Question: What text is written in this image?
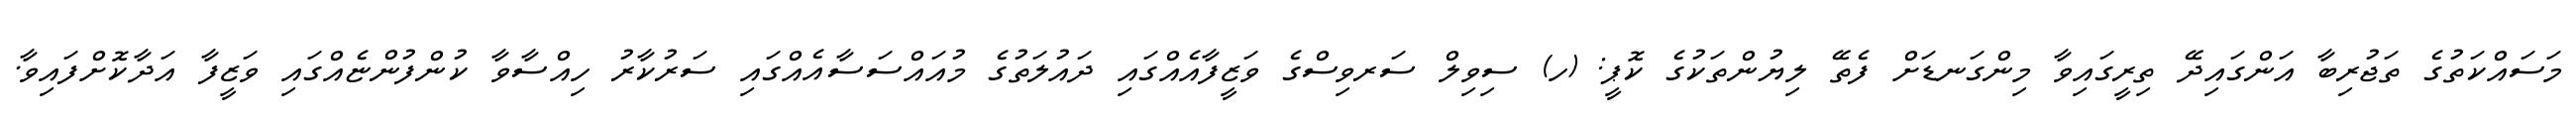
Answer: މަސައްކަތުގެ ތަޖުރިބާ އަންގައިދޭ ތިރީގައިވާ މިންގަނޑަށް ފެތޭ ލިޔުންތަކުގެ ކޮޕީ: (ހ) ސިވިލް ސަރވިސްގެ ވަޒީފާއެއްގައި ދައުލަތުގެ މުއައްސަސާއެއްގައި ސަރުކާރު ހިއްސާވާ ކުންފުންޏެއްގައި ވަޒީފާ އަދާކޮށްފައިވާ.